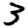
Digit: 3